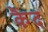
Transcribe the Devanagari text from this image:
कैंद